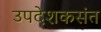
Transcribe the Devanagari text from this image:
उपदेशकसंत